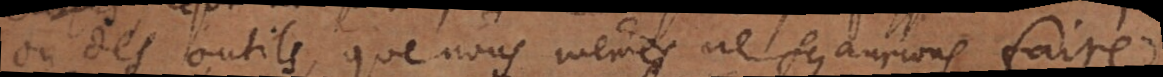
ou des outils, que nous mêmes ne sçaurions faire,